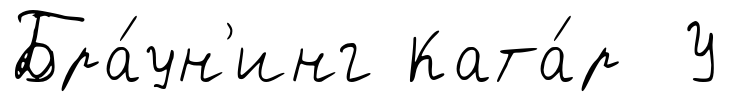
Бра́ун'инг Ката́р У